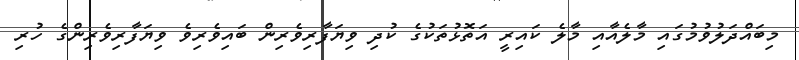
މިބައްދަލުވުމުގައި މާލެއާއި މާލެ ކައިރީ އަތޮޅުތަކުގެ ކުދި ވިޔަފާރިވެރިން ބައިވެރިވެ ވިޔަފާރިވެރިންގެ ހުރި